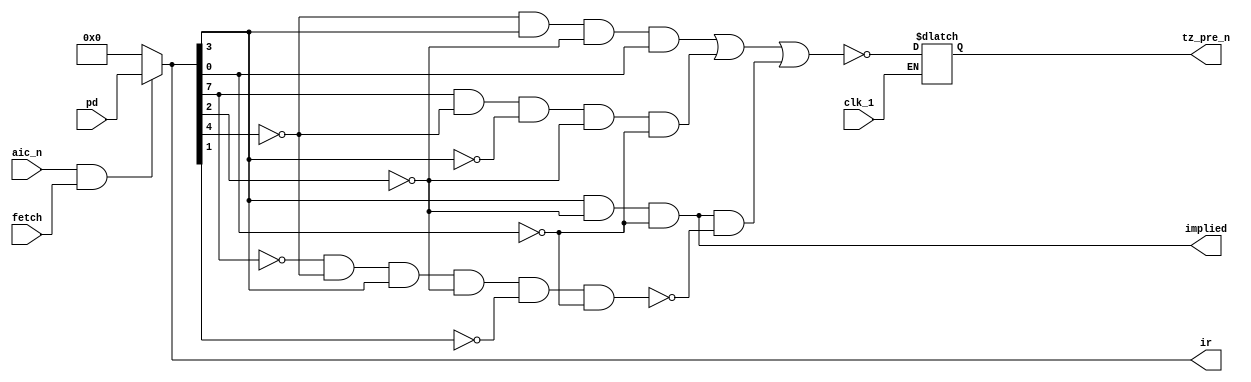
/*
 *                                            PREDECODE_LOGIC
 *
 *                                   Copyright (c) 2021 Kevin Lynch
 *                             This file is licensed under the MIT license
 *
 * The Predecode Logic block in the Hanson block diagram of the 6502 cpu.
 *
 * The predecode block has three jobs:
 *   1) indicate if an opcode is one cycle via the implied output
 *   2) indicate if an opcde is two cycles via the tz_pre_n output
 *   3) pass the opcode to the instruction register or pass all zeros if clear_ir is high.
 *
 * clear_ir does not actually clear the instruction register, but instead clears
 * the input to the instruction register which may or may not be latched by the instruction register.
 *
 * Note: the Hanson block diagram shows Assert Interrupt Control as an input to the predecode logic block,
 * but really clear_ir is used.  Assert Interrupt Control shown as ~(res_g | int_g) in the diagram is
 * called b_out_n in our code and is used as an input to clear_ir in the random control logic block.
 *
 */
module predecode_logic(clk_1, aic_n, fetch, pd, ir, tz_pre_n, implied);
  input  clk_1;
  input  aic_n;          //net: 827; assert interrupt control - break in progress
  input  fetch;          //net: 879; fetch instruction
  input  [7:0] pd;       //the data to decode from the predecode register
  output [7:0] ir;       //the opcode to load into the instruction register
  output reg tz_pre_n;   //net: 792; set low when the opcode is a two cycle opcode
  output implied;        //net: 1019; set high when the opcode has implied addressing and therfore no oeprands

  //clear the instruction if either aic_n or clear is active; otherwise pass the predecode register data
  wire clear_ir = ~(aic_n & fetch); //net: 1077
  assign ir = (clear_ir) ? 8'h00 : pd;

 /*
  * implied is active for implied instructions which are equal to the mask xxxxx10x0.
  * Implied instructions have no operands and lasts for two cycles.
  */
  assign implied = ir[3] & ~ir[2] & ~ir[0]; //net: 1019

 /*
  * two_cycle_n is active for two cycle opcodes which are:
  * xxx010x1, 1xx000x0 and xxxx10x0 (implied) except 0xx01000
  */
  wire mask_xxx0_10x1 = ~ir[4] & ir[3] & ~ir[2] & ir[0]; //net: 302
  wire mask_1xx0_00x0 = ir[7] & ~ir[4] & ~ir[3] & ~ir[2] & ~ir[0]; //net; 1294
  wire mask_0xx0_1000 = ~ir[7] & ~ir[4] & ir[3] & ~ir[2] & ~ir[1] & ~ir[0]; //net: 365
  wire two_cycle_n = ~(mask_xxx0_10x1 | mask_1xx0_00x0 | (implied & ~mask_0xx0_1000)); //net: 851

  /*
   * latch signals on clk_1
   */
   always @(two_cycle_n or clk_1)
     if (clk_1)
        tz_pre_n <= two_cycle_n;

endmodule